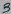
Text: 8